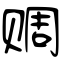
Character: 赒